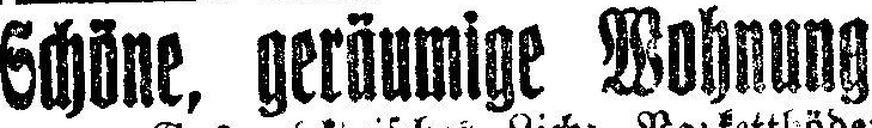
Schöne, geräumige Wohnung